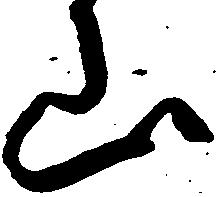
山